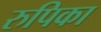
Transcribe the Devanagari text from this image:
रुपिका